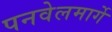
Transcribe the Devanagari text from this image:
पनवेलमार्गे